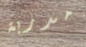
مدربة